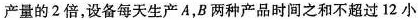
产量的2倍，设备每天生产A，B两种产品时间之和不超过12小